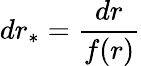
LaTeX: dr_{*}=\frac{dr}{f(r)}